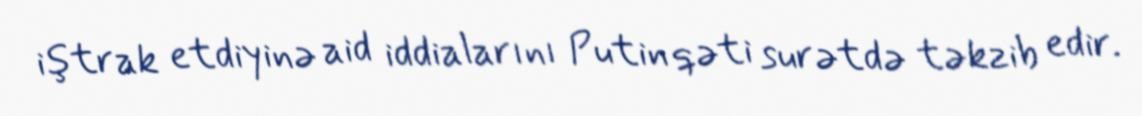
iştrak etdiyinə aid iddialarını Putin qəti surətdə təkzib edir.